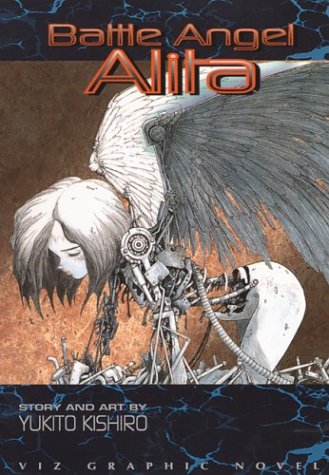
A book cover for Battle Angel Alita, Vol. 1: Rusty Angel; Yukito Kishiro; Comics & Graphic Novels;